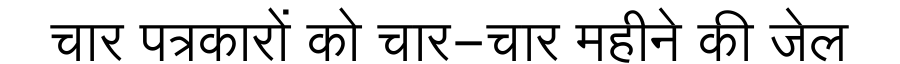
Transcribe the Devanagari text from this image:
चार पत्रकारों को चार-चार महीने की जेल